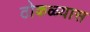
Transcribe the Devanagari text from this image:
ठोकळ्यास